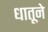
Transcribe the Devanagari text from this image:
धातूने